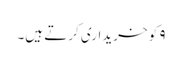
۹ کو خریداری کرتے ہیں۔